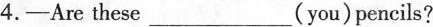
4.-Are these___(you)pencils?